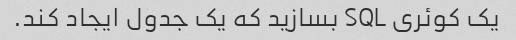
یک کوئری SQL بسازید که یک جدول ایجاد کند.